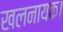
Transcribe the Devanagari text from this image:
खलनायक।